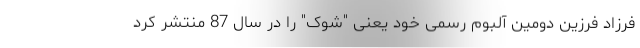
فرزاد فرزین دومین آلبوم رسمی خود یعنی "شوک" را در سال 87 منتشر کرد